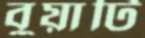
বুয়াটি